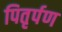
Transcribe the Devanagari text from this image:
पितृर्पण